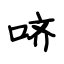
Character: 哜